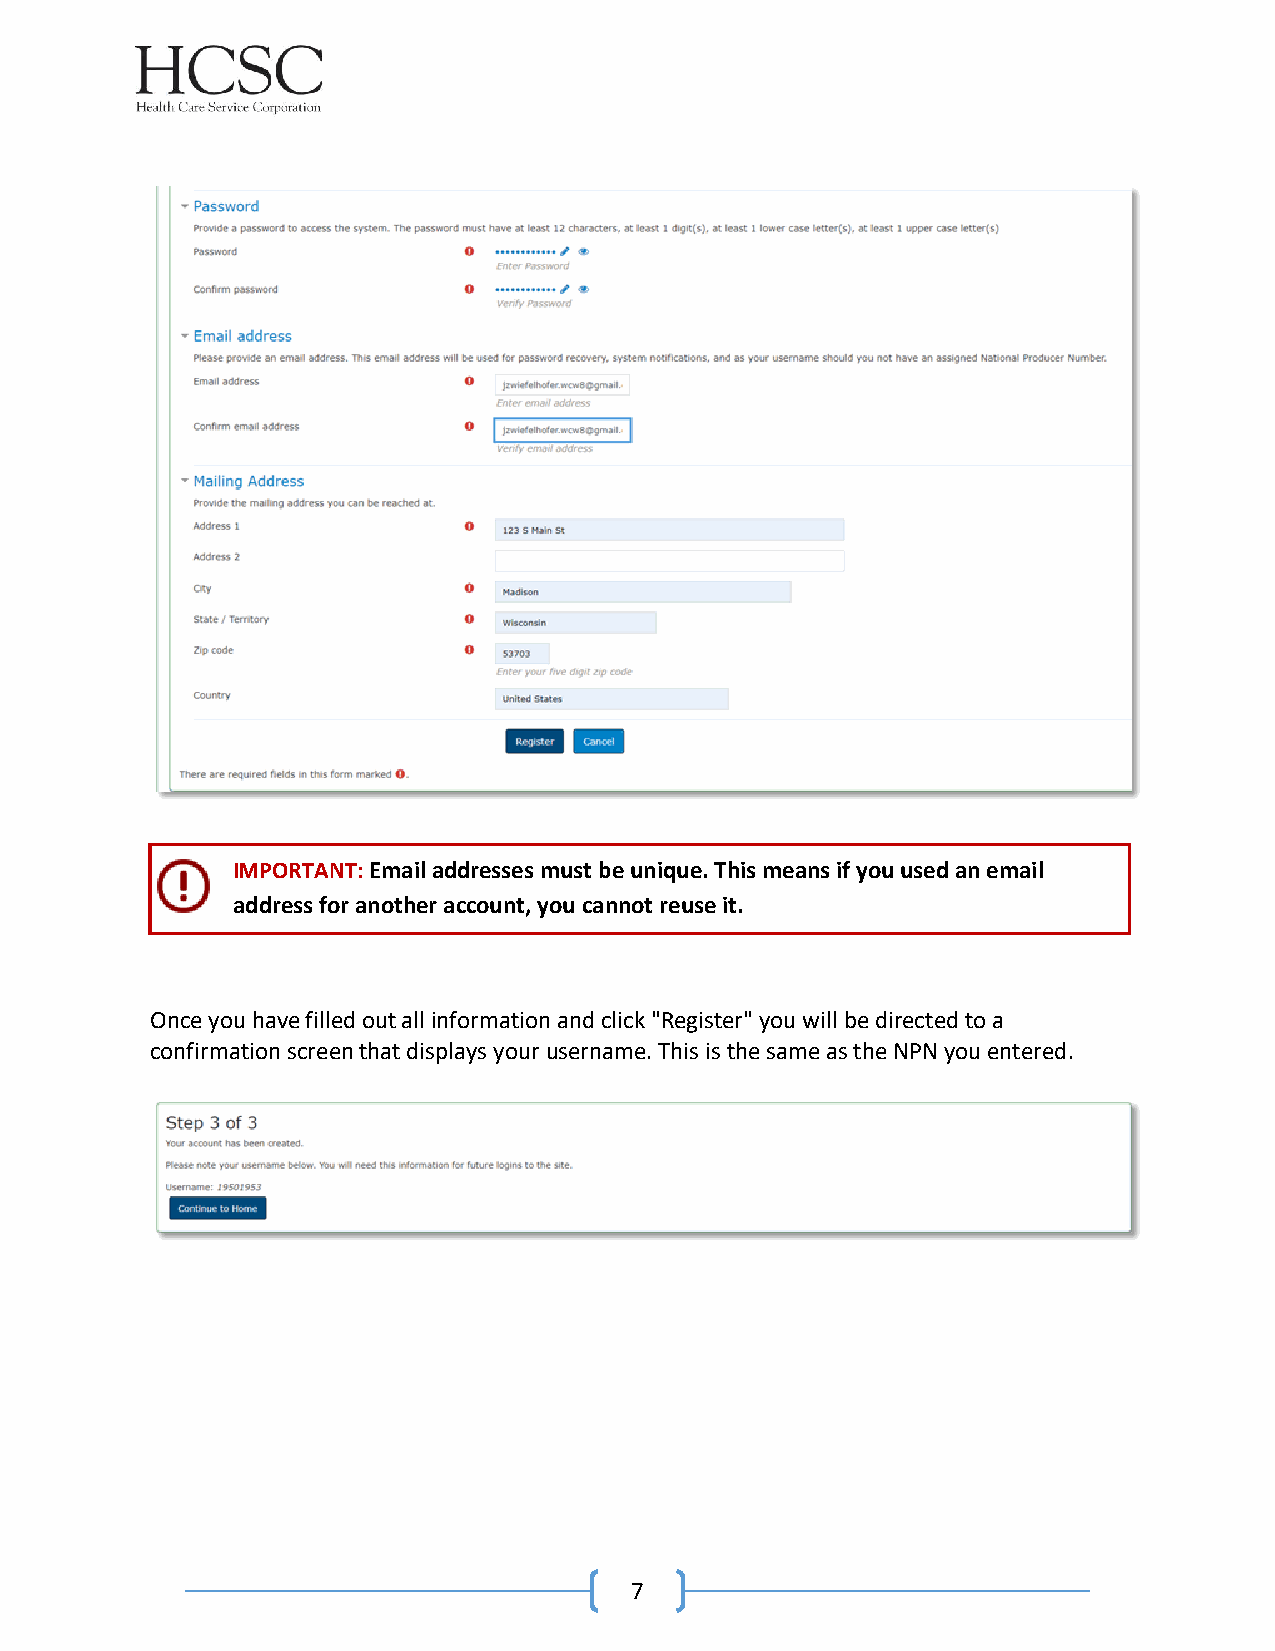
IMPORTANT: Email addresses must be unique. This means if you used an email
 address for another account, you cannot reuse it.
 Once you have filled out all information and click "Register" you will be directed to a
 confirmation screen that displays your username. This is the same as the NPN you entered.
 7